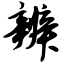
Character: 辨